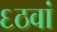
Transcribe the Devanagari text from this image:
६ठवां